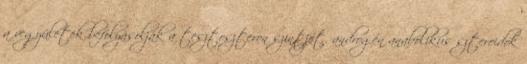
a vegyületek befolyásolják a tesztoszteron szintjét. androgén anabolikus szteroidok